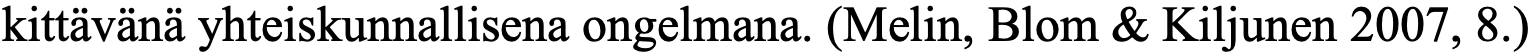
kittävänä yhteiskunnallisena ongelmana. (Melin, Blom & Kiljunen 2007, 8.)